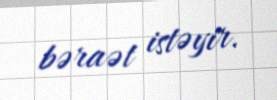
bəraət istəyir.